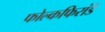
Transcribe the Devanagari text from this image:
फोल्कफिरांडे